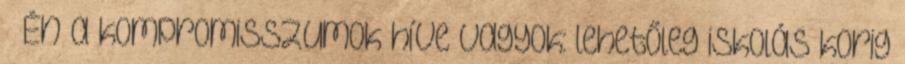
– Én a kompromisszumok híve vagyok: lehetőleg iskolás korig